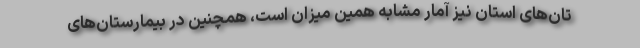
تان‌های استان نیز آمار مشابه همین میزان است، همچنین در بیمارستان‌های